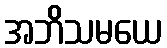
အဘိသမယေ